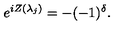
e ^ { i Z ( \lambda _ { j } ) } = - ( - 1 ) ^ { \delta } .